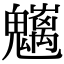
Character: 𩴭